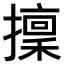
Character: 𢶸